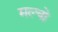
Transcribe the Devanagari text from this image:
मल्चो